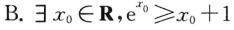
B.\exists x_{0}\in R，$$e ^ { x 0 } ≥ x _ { 0 } + 1$$